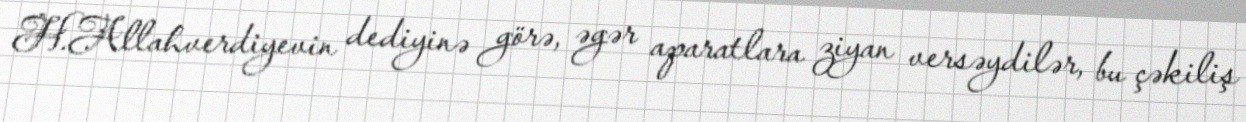
H.Allahverdiyevin dediyinə görə, əgər aparatlara ziyan versəydilər, bu çəkiliş